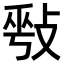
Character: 𢽥